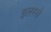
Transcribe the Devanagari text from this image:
इलस्ले